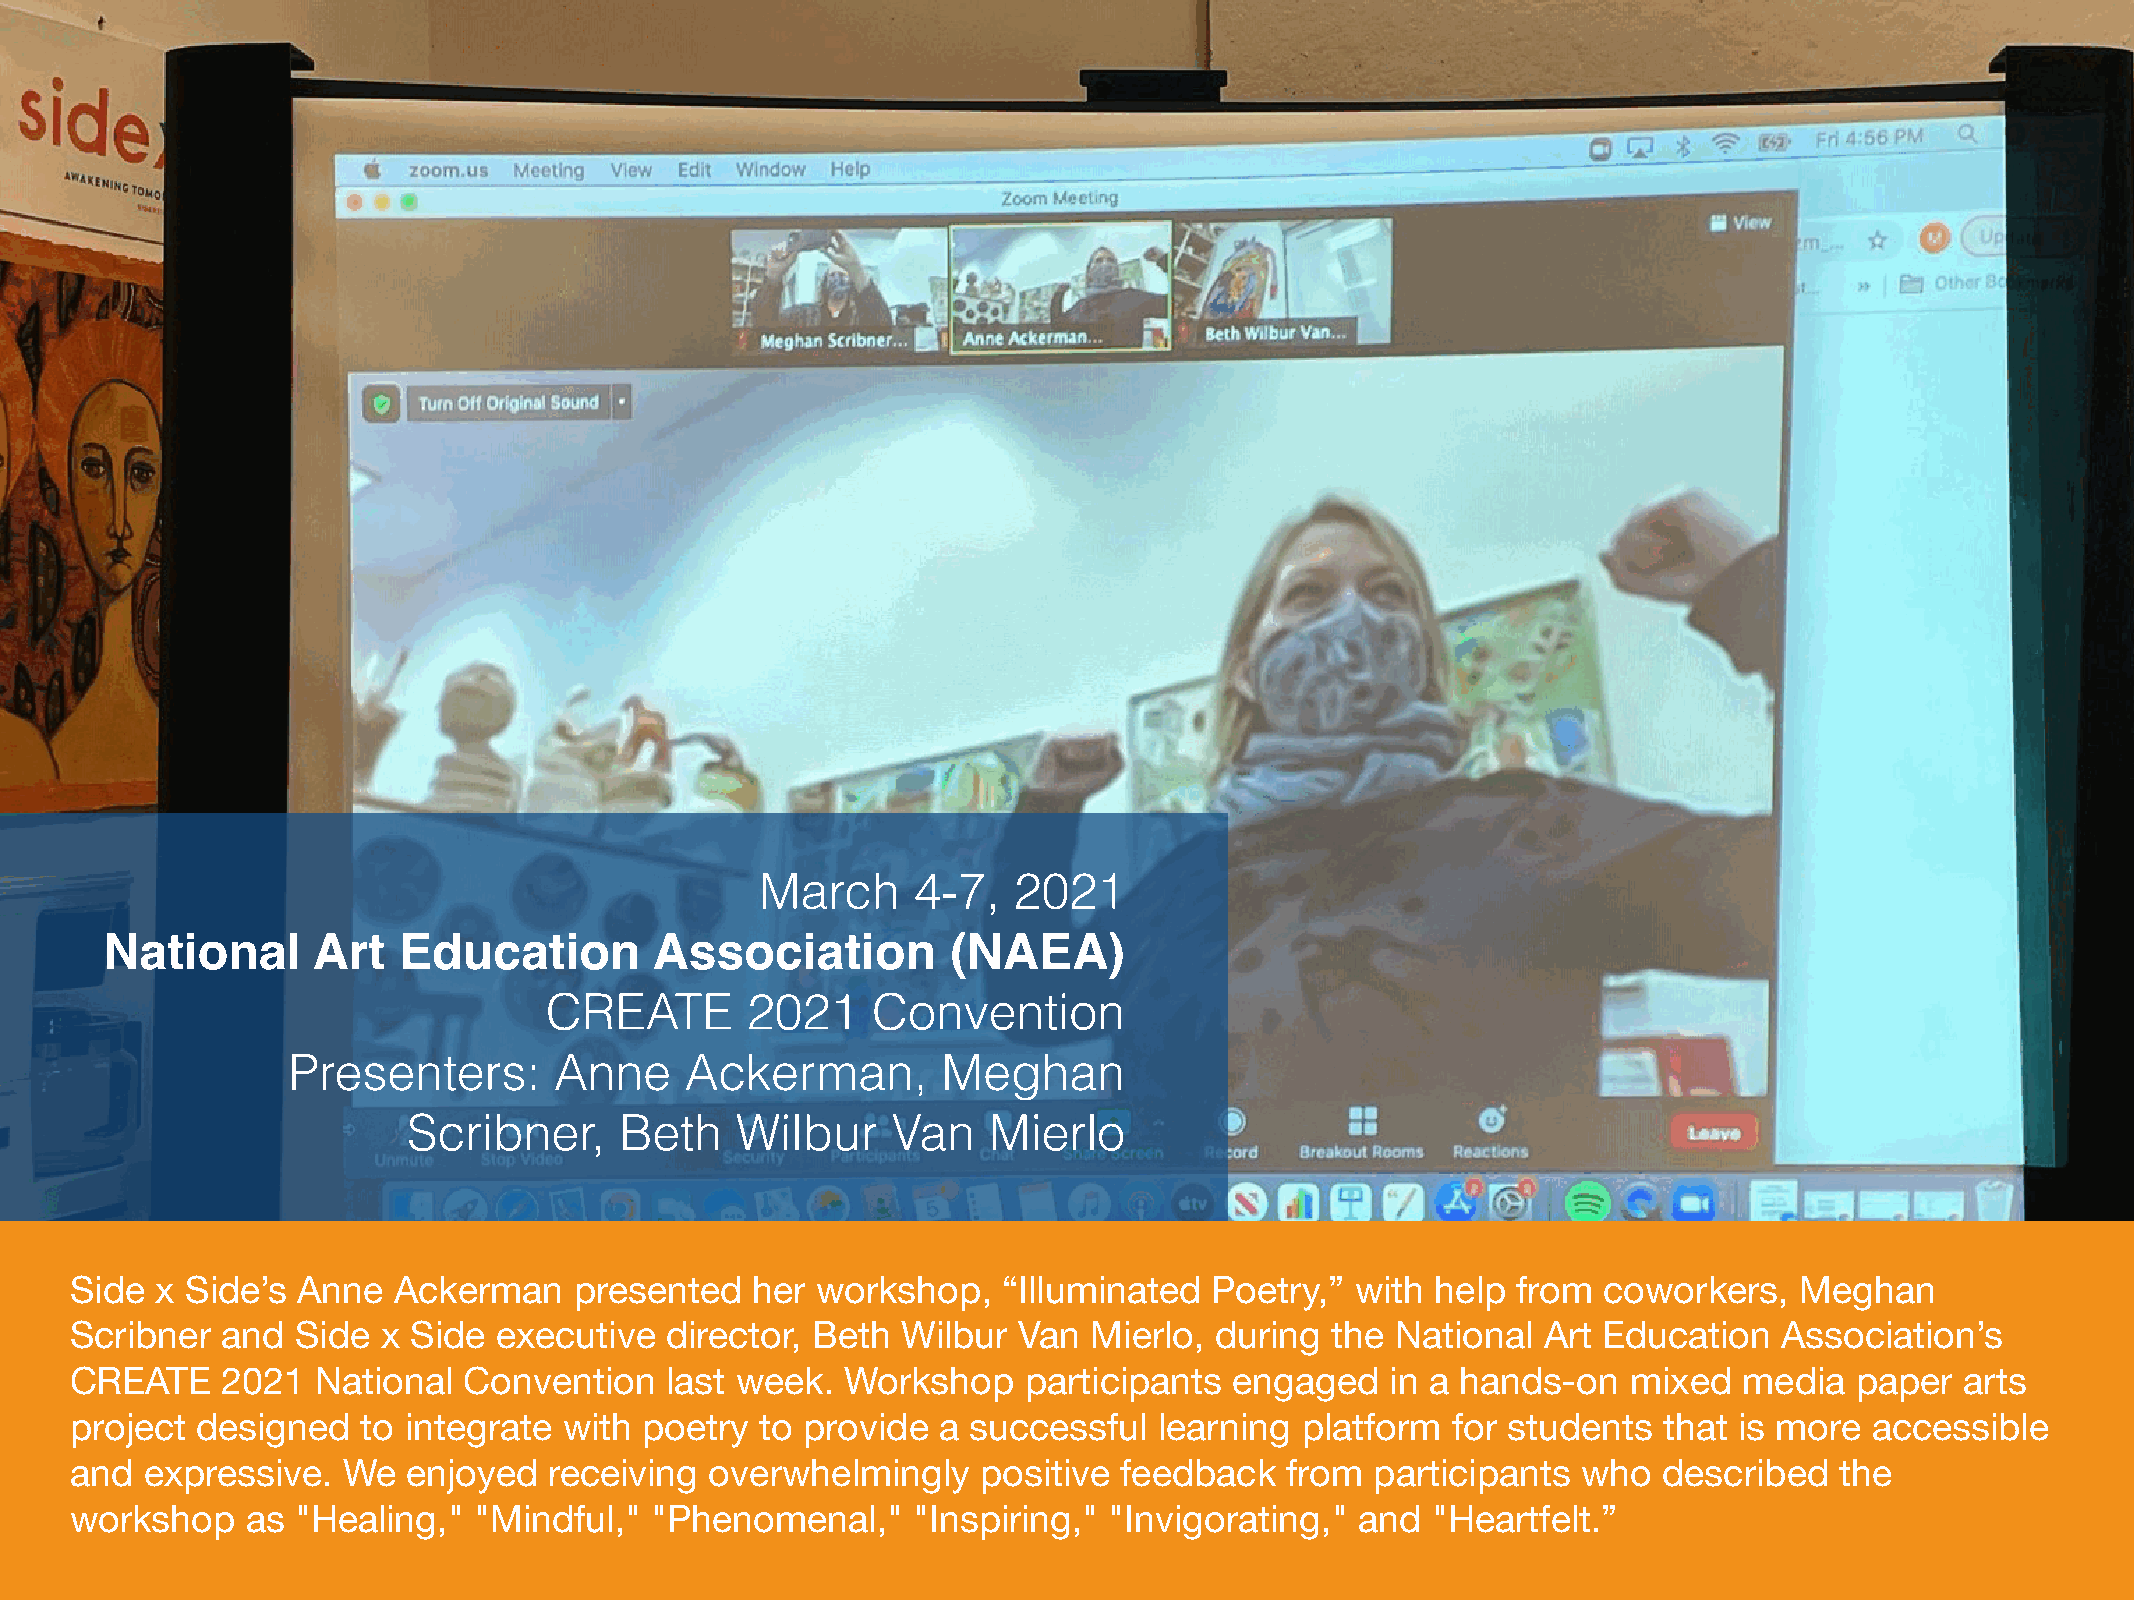
March     4-7,   2021
 National      Art  Education        Association         (NAEA)
 CREATE       2021     Convention
 Presenters:       Anne    Ackerman,        Meghan
 Scribner,     Beth    Wilbur    Van   Mierlo
 Side x Side’s  Anne  Ackerman    presented   her workshop,   “Illuminated  Poetry,”  with help from  coworkers,   Meghan
 Scribner  and  Side x Side  executive  director, Beth  Wilbur Van  Mierlo, during  the National  Art Education   Association’s
 CREATE    2021  National  Convention   last week.  Workshop    participants  engaged   in a hands-on   mixed  media   paper  arts
 project designed   to integrate with  poetry to provide  a successful   learning platform  for students  that is more  accessible
 and  expressive.  We  enjoyed  receiving  overwhelmingly    positive feedback   from  participants  who  described   the
 workshop   as  "Healing," "Mindful,"  "Phenomenal,"    "Inspiring," "Invigorating,"  and  "Heartfelt.”